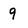
Character: 9